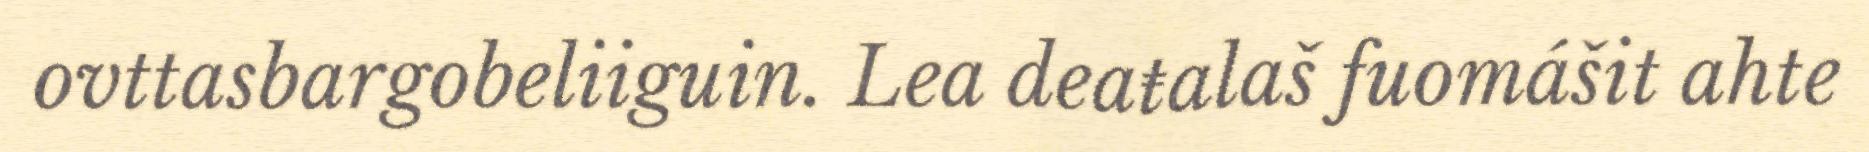
ovttasbargobeliiguin. Lea deaŧalaš fuomášit ahte